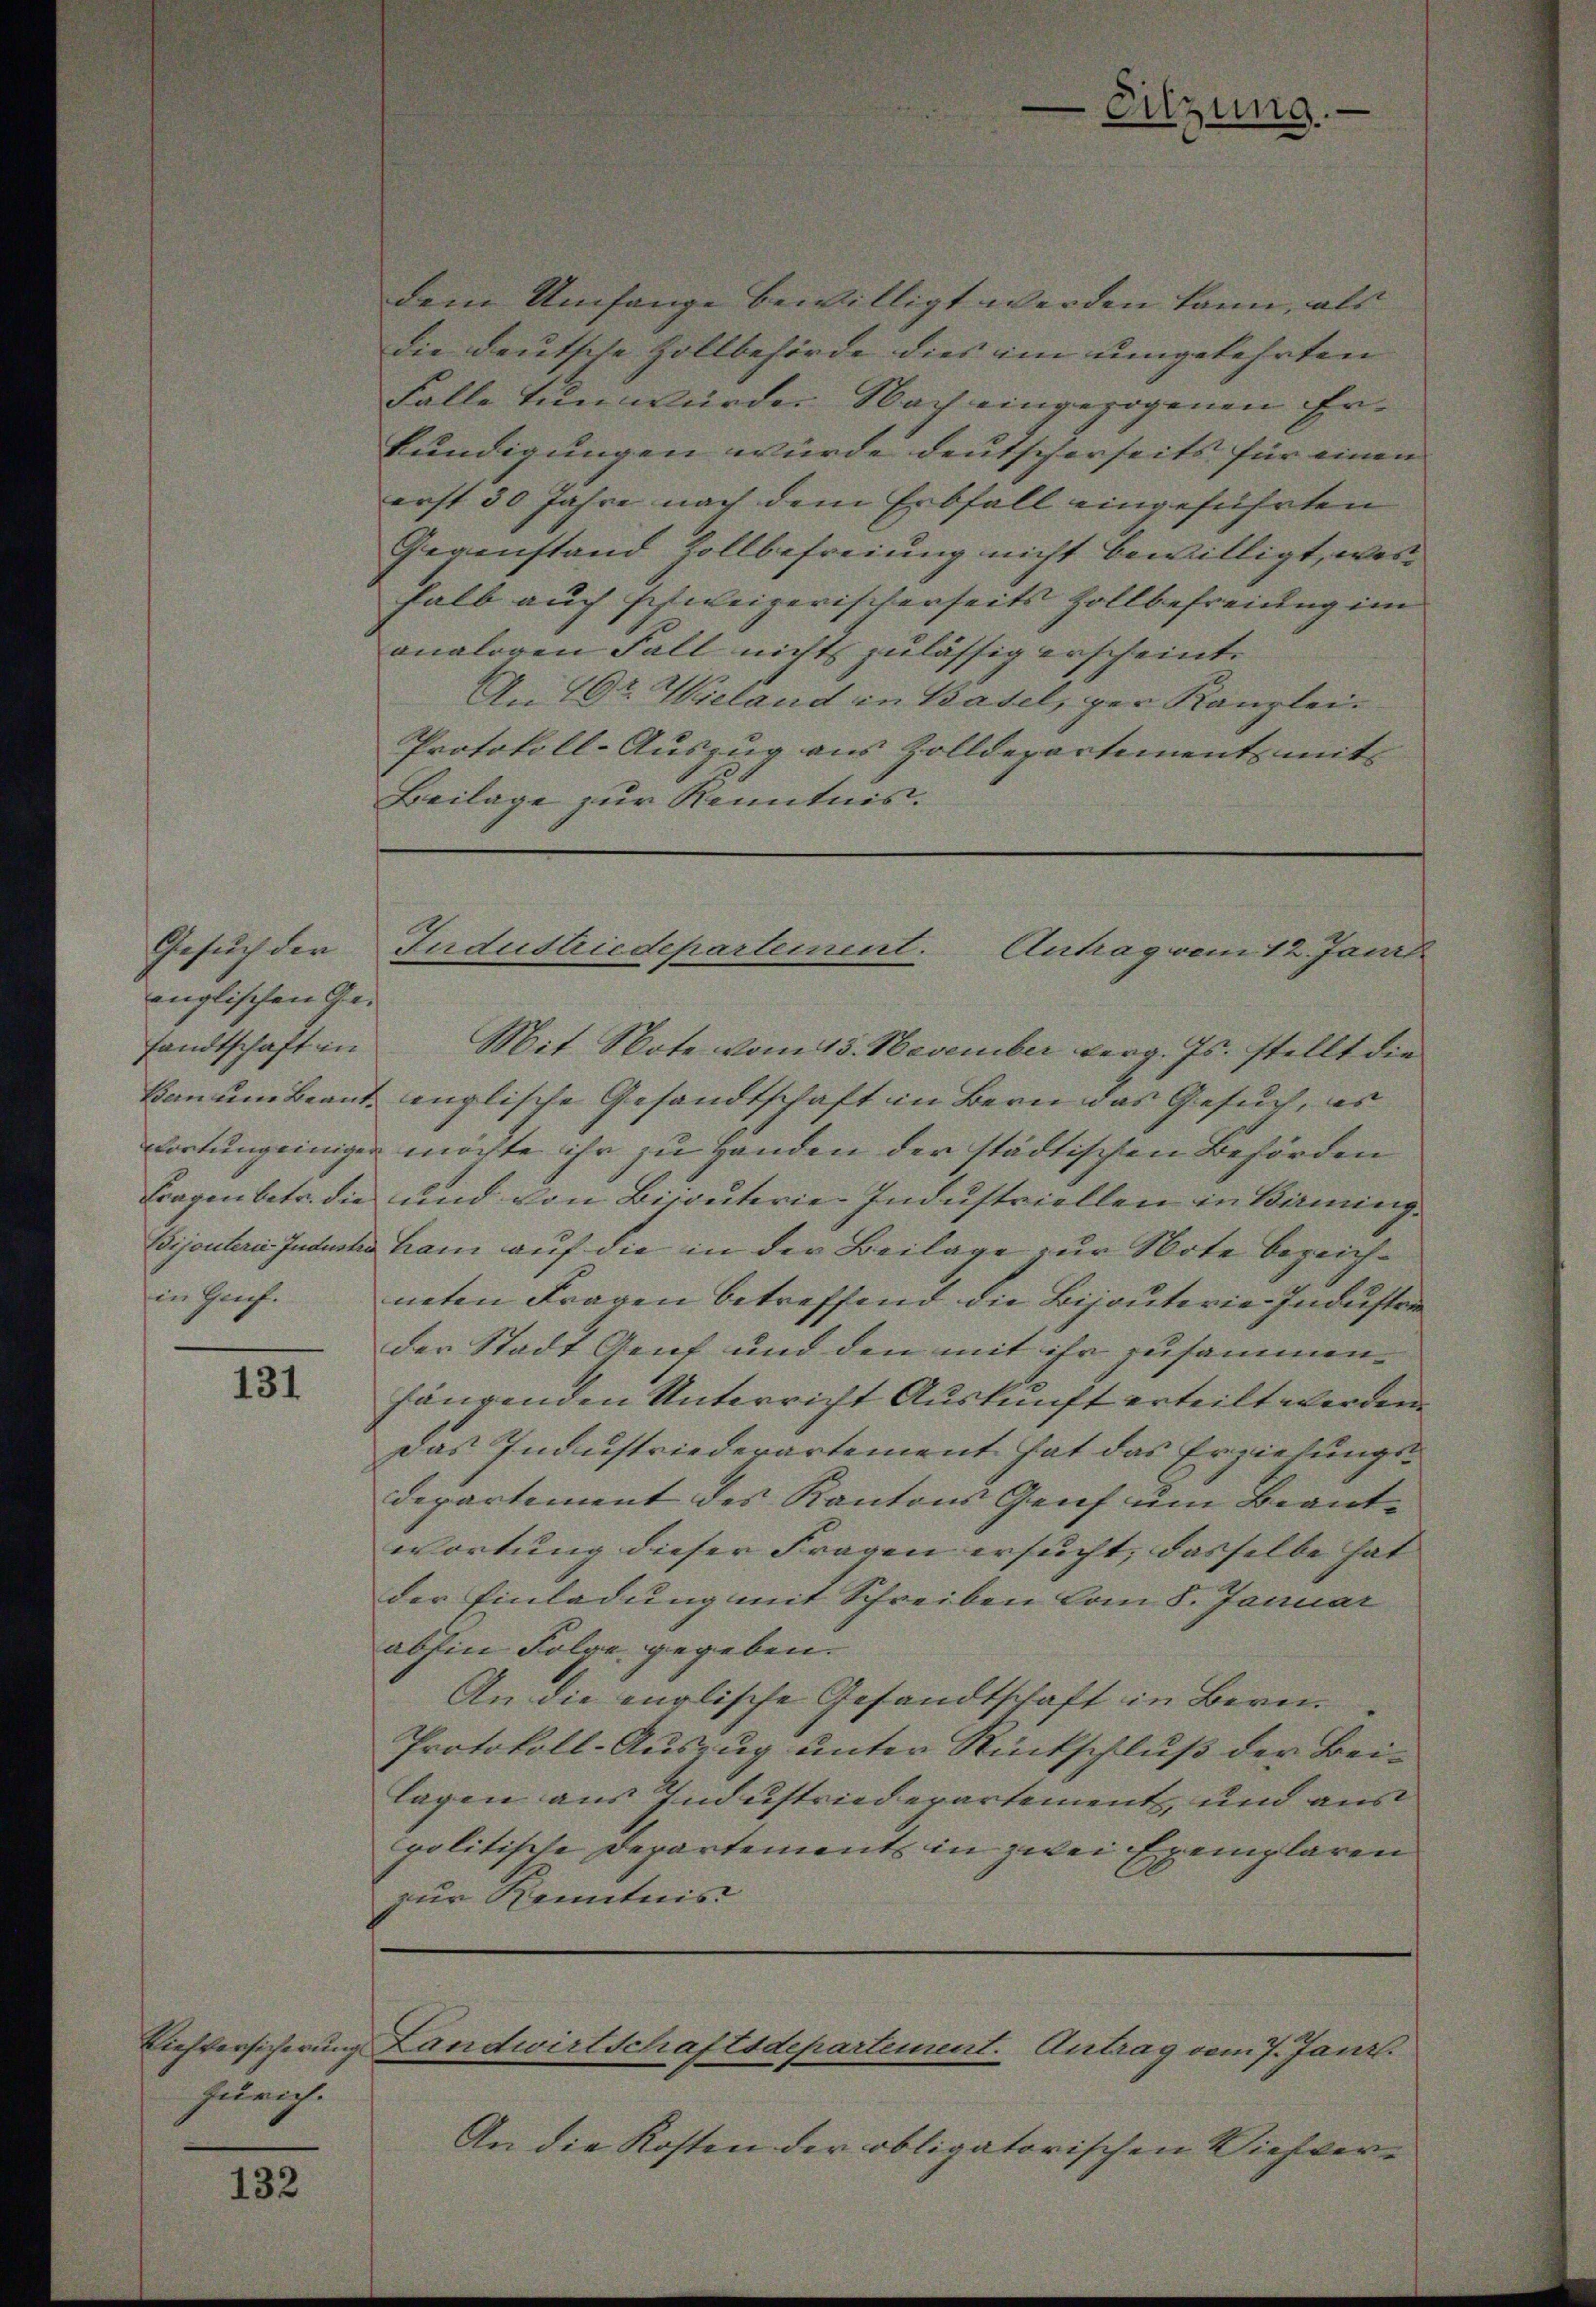
Gesuch der
englischen Ge-
sandtschaft in
Fragen betr. die
in Genf.

131

Zürich.

.

Antrag vom 12. Jani
Mit Note vom 15. November berg. Js. stellt die
kanum beant englische Gesandtschaft in Bern das Gesuch, es
wortung einiger möchte ihr zu Handen der städtischen Behörden
und von Bijouterie-Industriellen in Birming
Bijouterie Industs kam auf die in der Beilage zur Note bezeichneten Fragen betreffend die Bijouterie-Industri
der Stadt Genf und den mit ihr zusammenhängenden Unterricht Auskunft erteilt werden.
Das Industriederartement hat das Erziehungsdepartement des Kantons Genf um Beantwortung dieser Fragen ersucht; dasselbe hat |
der Einladung mit Schreiben vom 8. Januar
abhin Folge gegeben.
An die englische Gesandtschaft in Bern.
Protokoll-Auszug unter Rückschluß der Beilagen aus Industriedepartement, und aus
politische Departements in zwei Exemplaren
zur Kenntnis

die deutsche Zollbehörde dies im umgekehrten |
Falle tunwürde. Nach eingezogenen Erkundigungen würde deutscherseits für einen
erst 30 Jahre nach dem Erbfall eingeführten
Gegenstand Zollbefreiung nicht bewilligt, was
halb auch schweizerischerseits Zollbefreiung im
analogen Fall nichts zulässig erscheint.
An Dr Wieland in Basel, per Kanzlei-
Protokoll-Auszug aus Zolldepartement mit
Beilage zur Kenntnis.

An die Kosten der obligatorischen Viehver¬

dem Umfange bewilligt werden kann, als

Fudustriedepartement.

Viehversicherung Landwirtschaftsdepartement. Antrag vom 7. Janz.